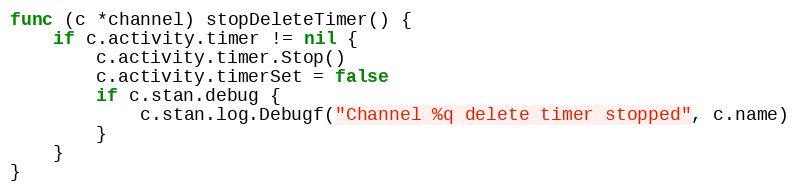
Language: Go
func (c *channel) stopDeleteTimer() {
	if c.activity.timer != nil {
		c.activity.timer.Stop()
		c.activity.timerSet = false
		if c.stan.debug {
			c.stan.log.Debugf("Channel %q delete timer stopped", c.name)
		}
	}
}